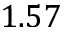
1 . 5 7